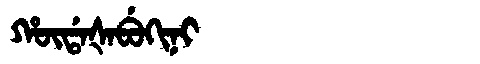
Manchu: ᡥᡡᡩᠠᡧᠠᠪᡠᡴᡳᠨᡳ
Romanization: HŪDAŠABUKINI